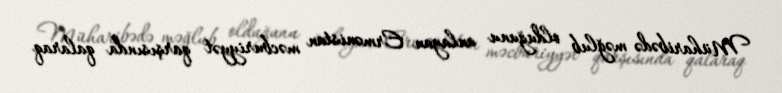
Müharibədə məğlub olduğunu anlayan Ermənistan məcburiyyət qarşısında qalaraq